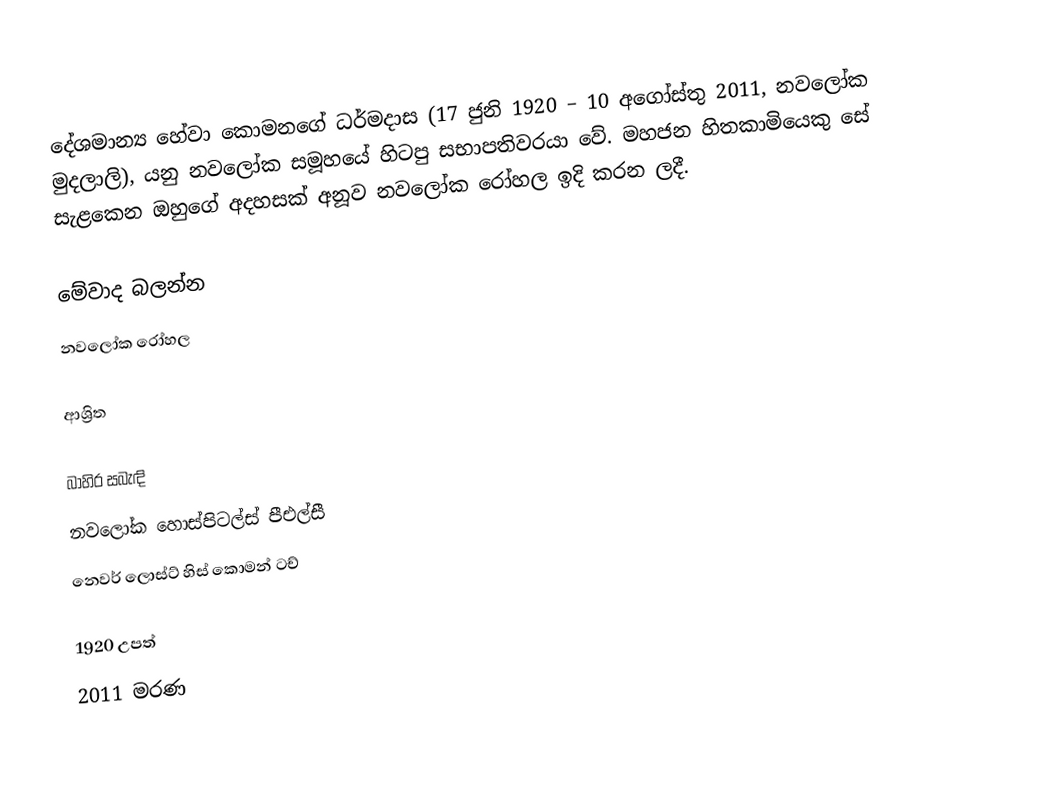
දේශමාන්‍ය හේවා කොමනගේ ධර්මදාස (17 ජුනි 1920 – 10 අගෝස්තු 2011, නවලෝක මුදලාලි), යනු නවලෝක සමූහයේ හිටපු සභාපතිවරයා වේ. මහජන හිතකාමියෙකු සේ සැළකෙන ඔහුගේ අදහසක් අනූව නවලෝක රෝහල ඉදි කරන ලදී.

මේවාද බලන්න
නවලෝක රෝහල

ආශ්‍රිත

බාහිර සබැඳි
නවලෝක හොස්පිටල්ස් පීඑල්සී
  නෙවර් ලොස්ට් හිස් කොමන් ටච්

1920 උපත්
2011 මරණ